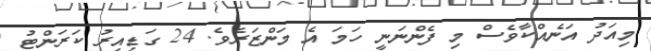
މިއަދު އަނެއްކާވެސް މި ފެންނަނީ ހަމަ އެ މަންޒަރެވެ. 24 ގަޑިއިރު ކަރަންޓު